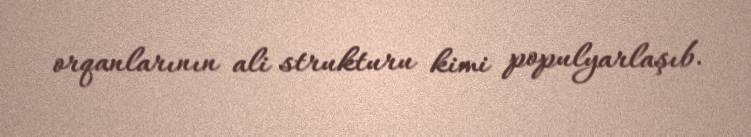
orqanlarının ali strukturu kimi populyarlaşıb.